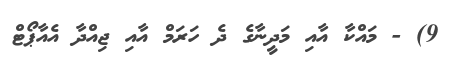
9) - މައްކާ އާއި މަދީނާގެ ދެ ހަރަމް އާއި ޖިއްދާ އެއާޕޯޓް